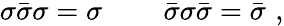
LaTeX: \sigma\bar{\sigma}\sigma=\sigma\, \qquad\bar{\sigma}\sigma\bar{\sigma}=\bar{\sigma}\, \, ,